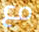
مع